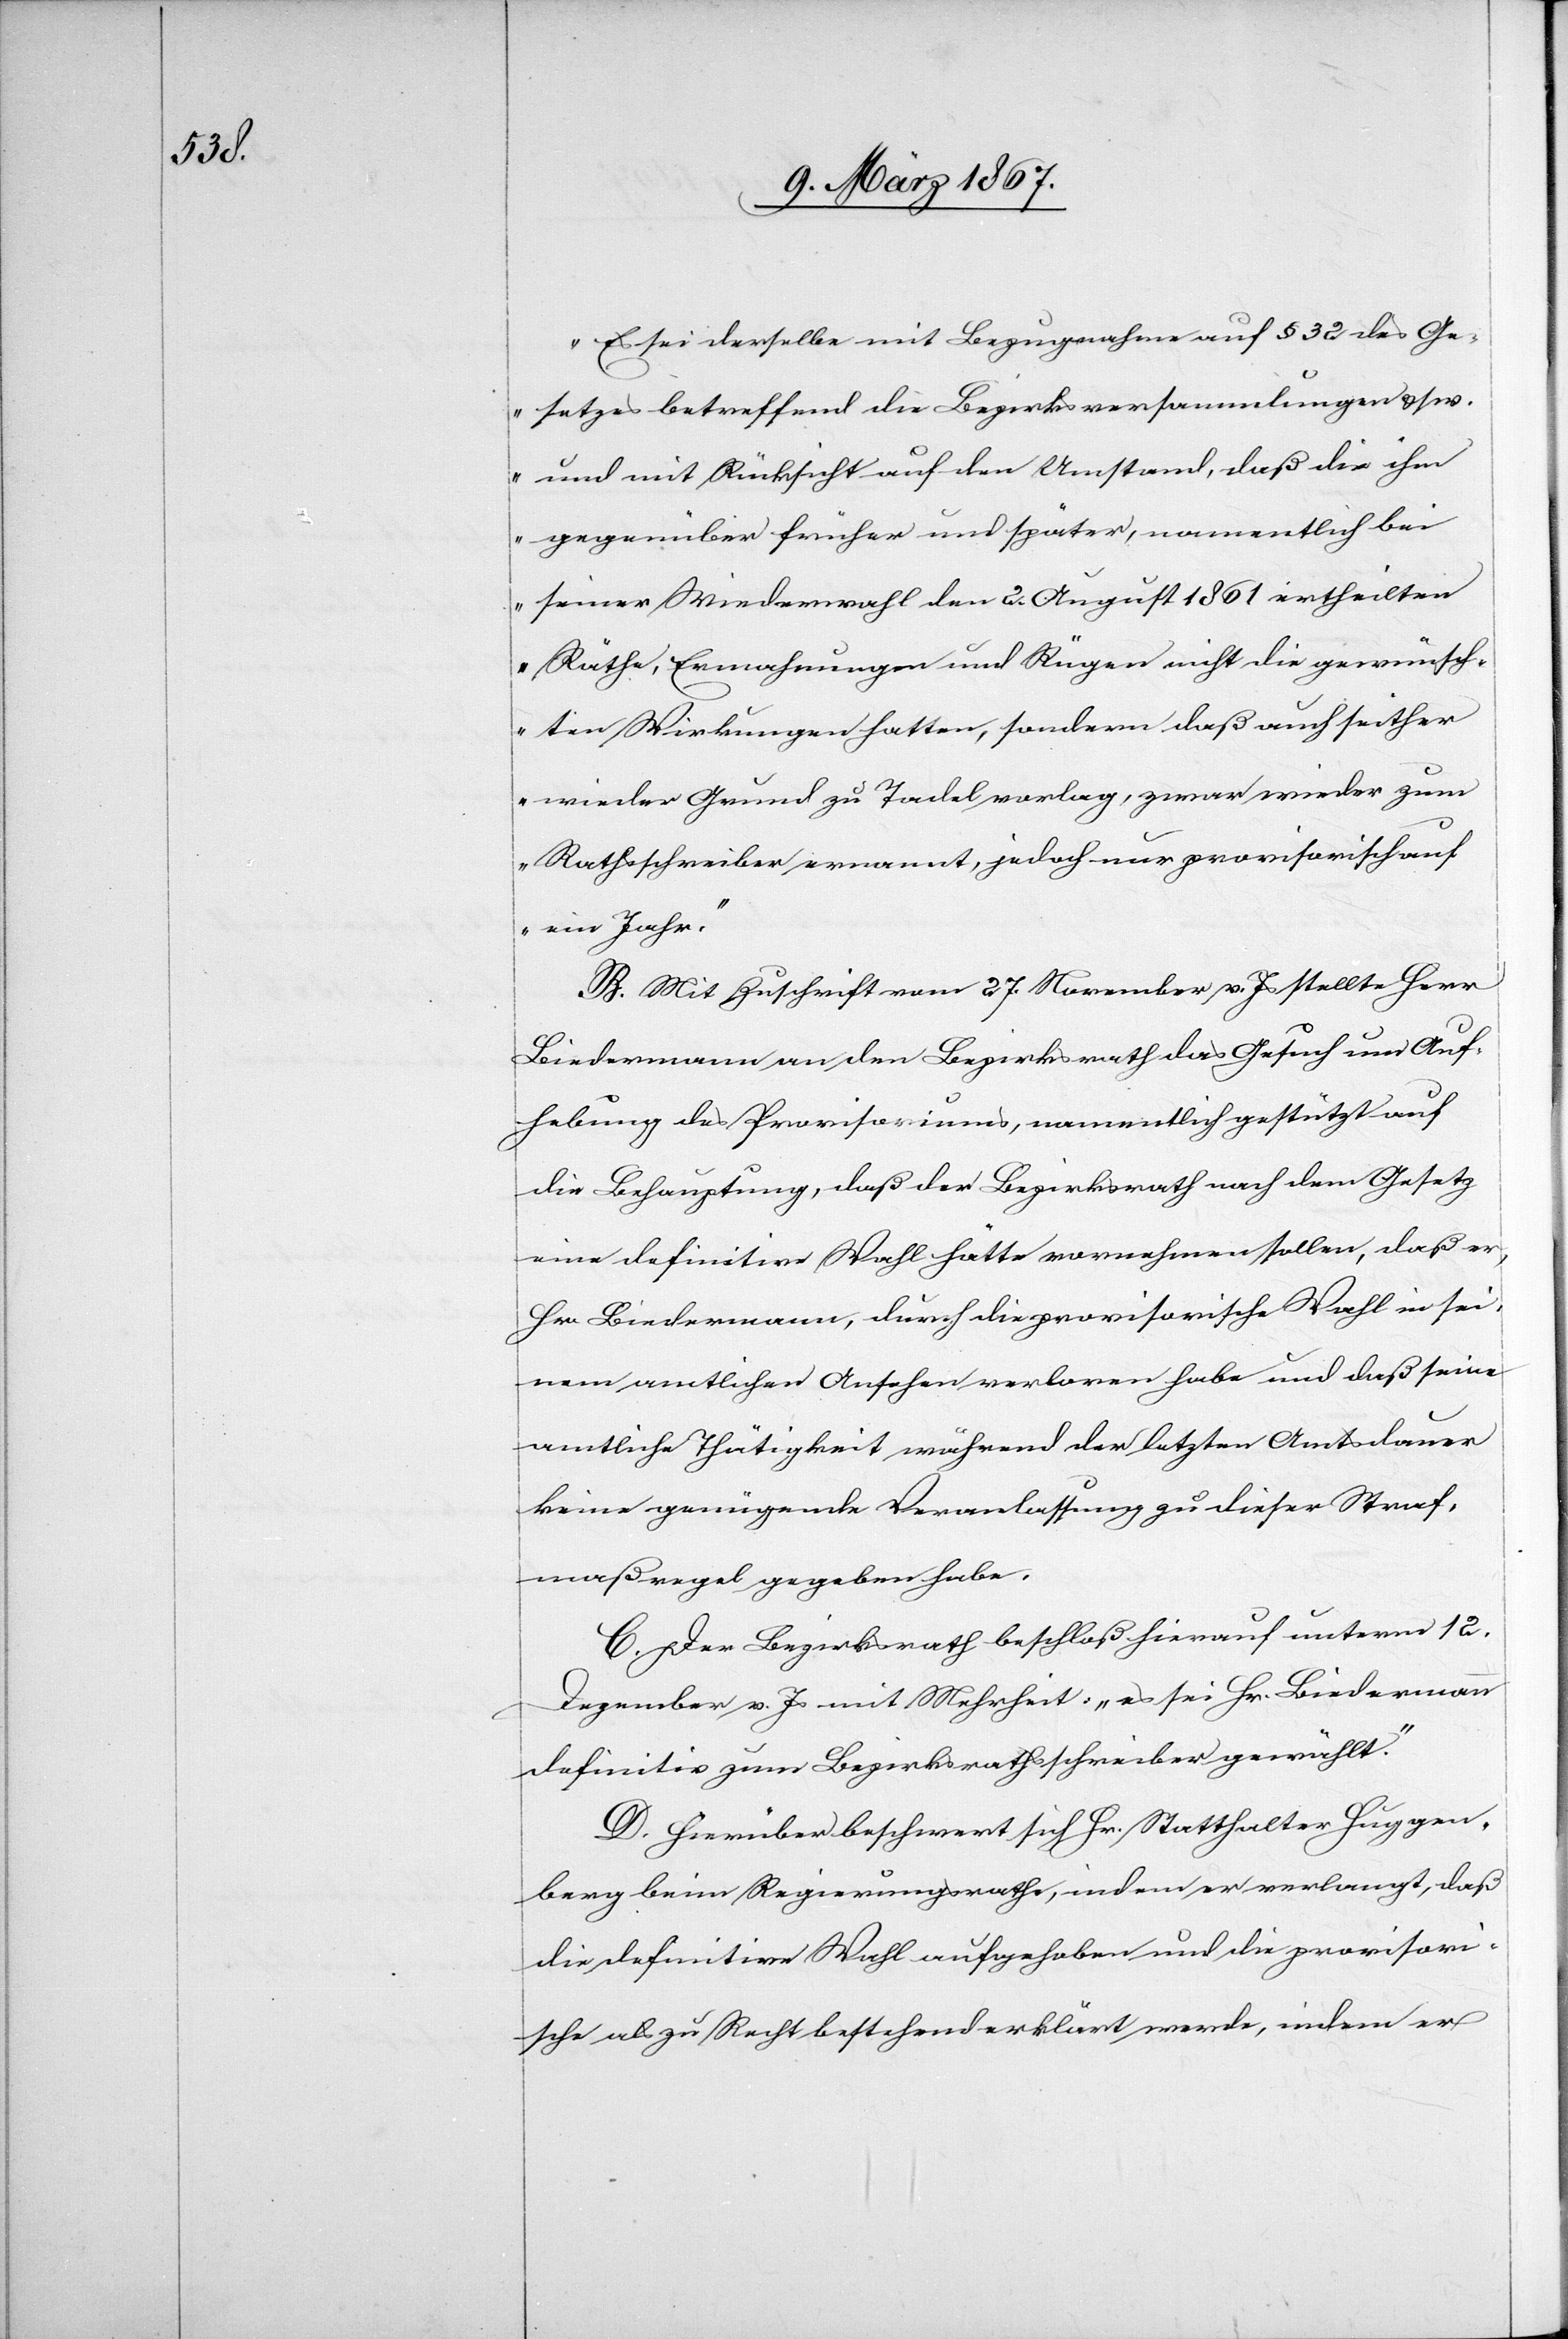
„Es sei derselbe mit Bezugnahme auf § 32 des Ge¬
setzes betreffend die Bezirksversammlungen u. s.
w. und mit Rücksicht auf den Umstand, daß die ihm
gegenüber früher und später, namentlich bei
seiner Wiederwahl den 2. August 1861 ertheilten
Räthe, Ermahnungen und Rügen nicht die gewünsch¬
ten Wirkungen hatten, sondern daß auch seither
wieder Grund zu Tadel vorlag, zwar wieder zum
Rathsschreiber ernannt, jedoch nur provisorisch auf
ein Jahr.“
B. Mit Zuschrift vom 27. November v. Js stellte Herr
Biedermann an den Bezirksrath das Gesuch um Auf¬
hebung des Provisoriums, namentlich gestützt auf
die Behauptung, daß der Bezirksrath nach dem Gesetz
eine definitive Wahl hätte vornehmen sollen, daß er,
Hr. Biedermann, durch die provisorische Wahl in sei¬
nem amtlichen Ansehen verloren habe und daß seine
amtliche Thätigkeit während der letzten Amtsdauer
keine genügende Veranlassung zu dieser Straf¬
maßregel gegeben habe.
C. Der Bezirksrath beschloß hierauf unterm 12.
Dezember v. Js mit Mehrheit: „es sei Hr. Biedermann
definitiv zum Bezirksrathsschreiber gewählt.“
D. Hierüber beschwert sich Hr. Statthalter Huggen¬
berg beim Regierungsrathe, indem er verlangt, daß
die definitive Wahl aufgehoben und die provisori¬
sche als zu Recht bestehend erklärt werde, indem er